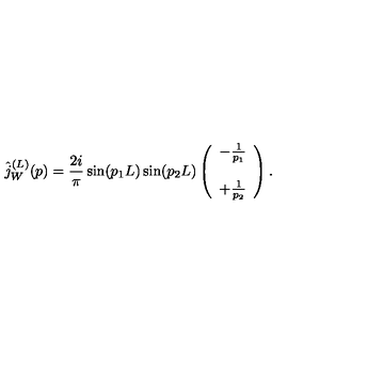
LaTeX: \hat { j } _ { W } ^ { ( L ) } ( p ) = \frac { 2 i } { \pi } \sin ( p _ { 1 } L ) \sin ( p _ { 2 } L ) \left( \begin{array} { c } { - \frac { 1 } { p _ { 1 } } } \\ { } \\ { + \frac { 1 } { p _ { 2 } } } \\ \end{array} \right) .